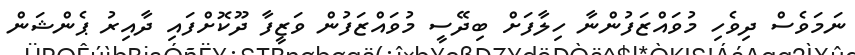
ނަމަވެސް ދިވެހި މުވައްޒަފުންނާ ހިލާފަށް ބިދޭސީ މުވައްޒަފުން ވަޒީފާ ދޫކޮށްފައި ދާއިރު ޕެންޝަން